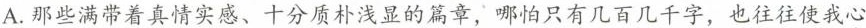
A.那些满带着真情实感、十分质朴浅显的篇章，哪怕只有几百几千字，也往往使我心